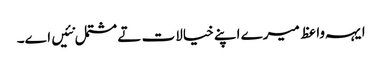
ایہہ واعظ میرے اپنے خیالات تے مشتمل نئیں اے۔